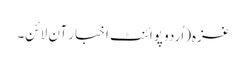
غزہ(اُردو پوائنٹ اخبار آن لائن۔